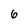
Character: 6